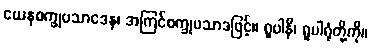
ယေနစက္ခုပသာဒေန၊ အကြင်စက္ခုပသာဒဖြင့်။ ရူပါနိ၊ ရူပါရုံတို့ကို။